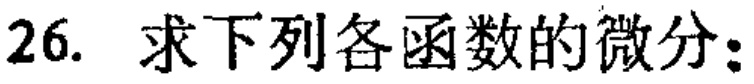
26. 求下列各函数的微分：